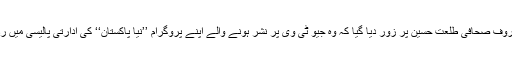
ملک کے معروف صحافی طلعت حسین پر زور دیا گیا کہ وہ جیو ٹی وی پر نشر ہونے والے اپنے پروگرام ’’نیا پاکستان‘‘ کی ادارتی پالیسی میں ردو بدل کریں۔